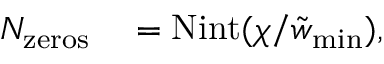
\begin{array} { r l } { N _ { \mathrm { z e r o s } } } & { { } = \mathrm { N i n t } ( \chi / \tilde { w } _ { \mathrm { m i n } } ) , } \end{array}